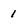
Character: i